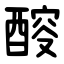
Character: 䤇